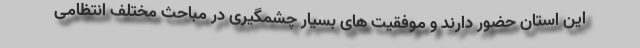
این استان حضور دارند و موفقیت های بسیار چشمگیری در مباحث مختلف انتظامی